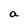
Character: a